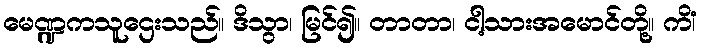
မေဏ္ဍကသူဌေးသည်။ ဒိသွာ၊ မြင်၍။ တာတာ၊ ငါ့သားအမောင်တို့။ ကိံ၊